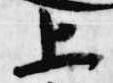
上